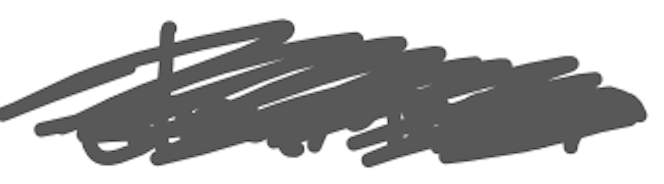
Text: drummer
Cross-out: scratch
Writing tool: digital_gray